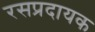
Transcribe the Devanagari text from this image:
रसप्रदायक